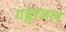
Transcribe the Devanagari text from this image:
गङ्गाजल